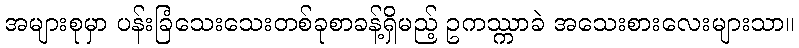
အများစုမှာ ပန်းခြံသေးသေးတစ်ခုစာခန့်ရှိမည့် ဥကဿ္ကာခဲ အသေးစားလေးများသာ။